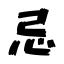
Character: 忌